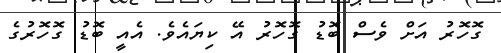
ގޮހޮރު އަށް ވެސް ބޮޑު ގޮހޮރު އޭ ކިޔައެވެ. އެއީ ބޮޑު ގޮހޮރުގެ